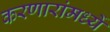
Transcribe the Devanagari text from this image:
करणारांमध्यें